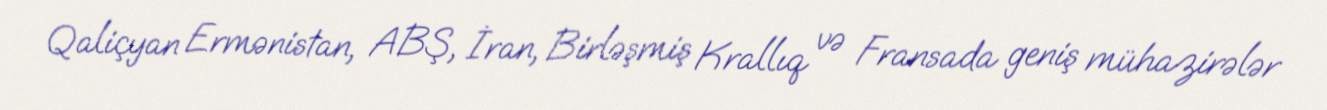
Qaliçyan Ermənistan, ABŞ, İran, Birləşmiş Krallıq və Fransada geniş mühazirələr